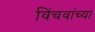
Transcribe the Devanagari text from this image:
विंचवांच्या